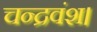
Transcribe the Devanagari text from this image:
चन्द्रवंश।